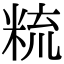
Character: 𥹷